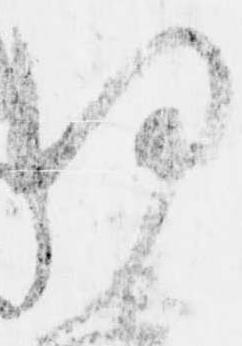
何